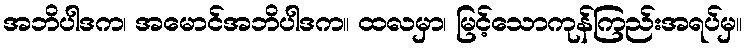
အဘိပါဒက၊ အမောင်အဘိပါဒက။ ထလမှာ၊ မြင့်သောကုန်ကြည်းအရပ်မှ။